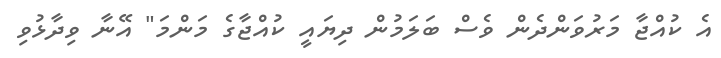
އެ ކުއްޖާ މަރުވަންދެން ވެސް ބަލަމުން ދިޔައީ ކުއްޖާގެ މަންމަ" އޭނާ ވިދާޅުވި